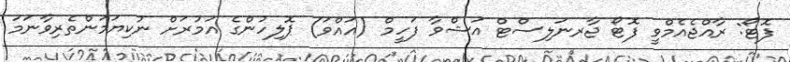
ފޮޓޯ: ރާއްޖެއެމްވީ ފޮޓޯ ޖާރނަލިސްޓް އަޝްވާ ފަހީމް (އައްވަ) ޕޮލިހުންގެ އަމުރަށް ނުކިޔަމަންތެރިވާނަމަ